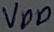
Text: VDD